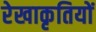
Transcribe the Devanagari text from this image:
रेखाकृतियों